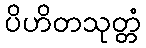
ပိဟိတသုတ္တံ